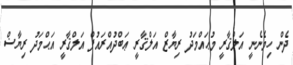
ދެން ހިމެނެނީ އަލްޤާރީ މުޙައްމަދު ރިޔާޒް އަލްޤާރީ ޢަބްދުއްރައުފް އަލްޤާރީ އަޙްމަދު ރިޔާޟް